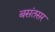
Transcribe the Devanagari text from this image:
बसंतसर